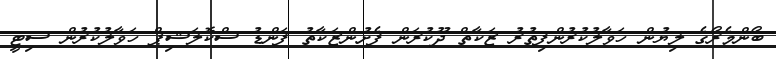
ބޯންމެރޯގެ ލިޔުން ހަވާލުކުރުންފިތުރު ޒަކާތް ދޫކުރަން ފެށުންޒަކާތު ފަންޑު ސްކޮލަޝިޕް ހަވާލުކުރުން ސިޓީ